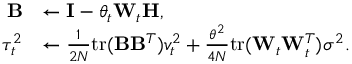
\begin{array} { r l } { \mathbf { B } } & { \gets \mathbf { I } - \theta _ { t } \mathbf { W } _ { t } \mathbf { H } , } \\ { \tau _ { t } ^ { 2 } } & { \gets \frac { 1 } { 2 N } \mathrm { t r } ( \mathbf { B } \mathbf { B } ^ { T } ) v _ { t } ^ { 2 } + \frac { \theta ^ { 2 } } { 4 N } \mathrm { t r } ( \mathbf { W } _ { t } \mathbf { W } _ { t } ^ { T } ) \sigma ^ { 2 } . } \end{array}